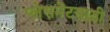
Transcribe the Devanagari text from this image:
प्लेसमेंटसाठी